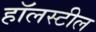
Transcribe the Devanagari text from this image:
हॉलस्टील